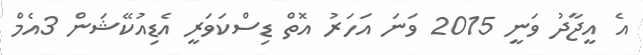
އެ އީޖާދު ވަނީ 2015 ވަނަ އަހަރު އޮތް ޑިސްކަވަރީ އެޑިއުކޭޝަން 3އެމް